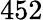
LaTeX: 452